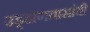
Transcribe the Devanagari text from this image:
उड्डाणतासांची